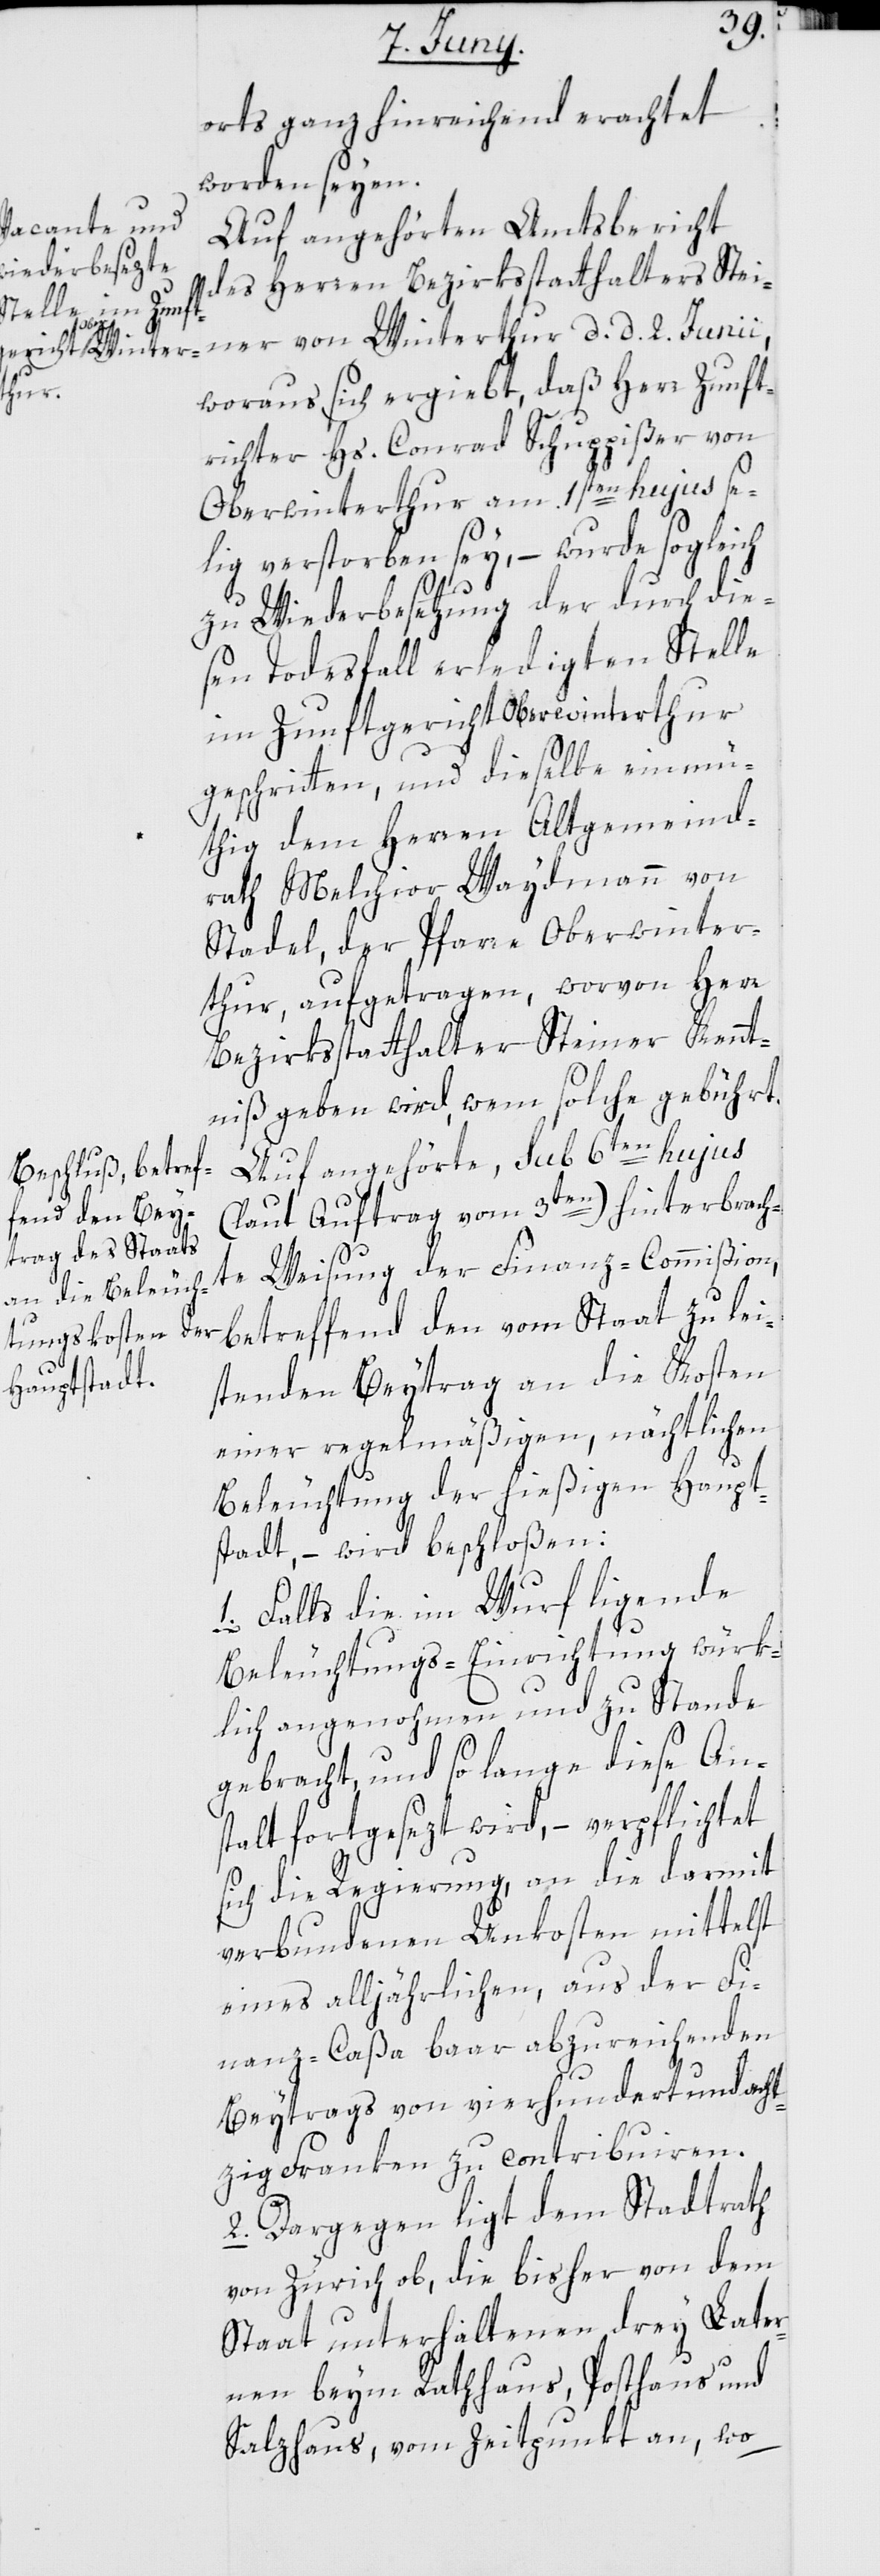
orts ganz hinreichend erachtet
worden seyen.
Auf angehörten Amtsbericht
des Herren Bezirksstatthalter Stei¬
ner von Winterthur d. d. 2. Junii,
woraus sich ergiebt, daß Herr Zunft¬
richter Hs. Conrad Schuppißer von
Oberwinterthur am 1sten hujus se¬
lig verstorbenen sey, – wurde sogleich
zu Wiederbesetzung der durch die¬
sen Todesfall erledigten Stelle
im Zunftgericht Oberwinterthur
geschritten, und dieselbe einmü¬
thig dem Herren Altgemeind¬
rath Melchior Waydmann von
Stadel, der Pfarre Oberwinter¬
thur, aufgetragen, worvon Herr
Bezirksstatthalter Steiner Kennt¬
niß geben wird, wem solche gebührt.
Auf angehörte, sub 6ten hujus
(laut Auftrag vom 3ten) hinterbrach¬
te Weisung der Finanz-Commißion,
betreffend den vom Staat zu lei¬
stenden Beytrag an die Kosten
einer regelmäßigen, nächtlichen
Beleuchtung der hießigen Haupt¬
stadt, – wird beschloßen:
1. Falls die im Wurf ligende
Beleuchtungs-Einrichtung würk¬
lich angenohmen und zu Stande
gebracht, und so lange diese Ans¬
talt fortgesezt wird, – verpflichtet
sich die Regierung, an die darmit
verbundenen Unkosten mittelst
eines alljährlichen, aus der Fi¬
nanz-Caßa baar abzureichenden
Beytrags von vierhundertundacht¬
zig Franken zu contribuieren.
2. Dargegen ligt dem Stadtrath
von Zürich ob, die bisher von dem
Staat unterhaltenen drey Later¬
nen beym Rathaus, Posthaus und
Salzhaus, vom Zeitpunkt an, wo